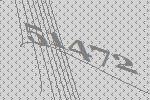
51472